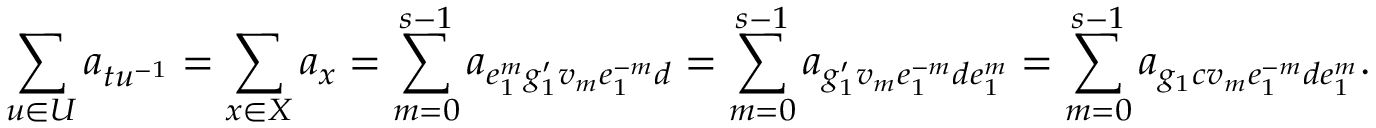
\sum _ { u \in U } a _ { t u ^ { - 1 } } = \sum _ { x \in X } a _ { x } = \sum _ { m = 0 } ^ { s - 1 } a _ { e _ { 1 } ^ { m } g _ { 1 } ^ { \prime } v _ { m } e _ { 1 } ^ { - m } d } = \sum _ { m = 0 } ^ { s - 1 } a _ { g _ { 1 } ^ { \prime } v _ { m } e _ { 1 } ^ { - m } d e _ { 1 } ^ { m } } = \sum _ { m = 0 } ^ { s - 1 } a _ { g _ { 1 } c v _ { m } e _ { 1 } ^ { - m } d e _ { 1 } ^ { m } } .